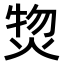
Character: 𤊘